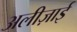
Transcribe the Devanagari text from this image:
अलीज़ाई